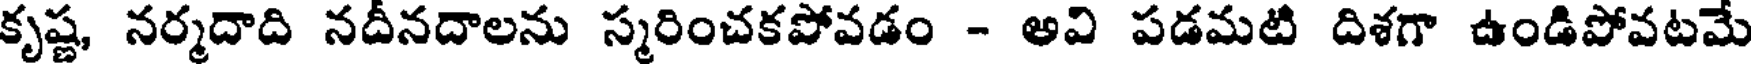
కృష్ణ, నర్మదాది నదీనదాలను స్మరించకపోవడం - అవి పడమటి దిశగా ఉండిపోవటమే